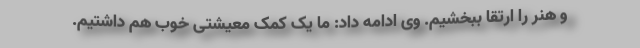
و هنر را ارتقا ببخشیم. وی ادامه داد: ما یک کمک معیشتی خوب هم داشتیم.